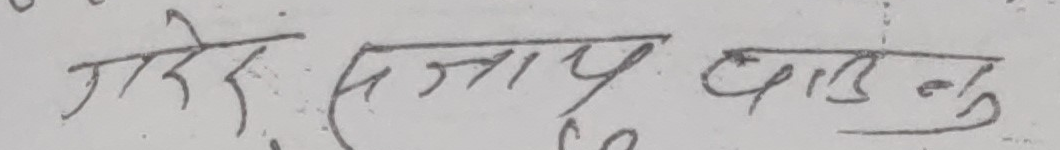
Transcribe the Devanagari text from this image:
गरे सजाय वाड्नु